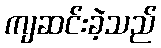
ကျဆင်းခဲ့သည်